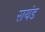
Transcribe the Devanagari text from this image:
रायंड